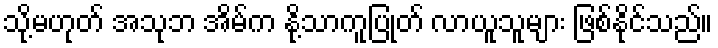
သို့မဟုတ် အသုဘ အိမ်က နို့သာကူပြုတ် လာယူသူများ ဖြစ်နိုင်သည်။